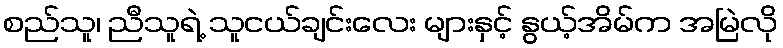
စည်သူ၊ ညီသူရဲ့ သူငယ်ချင်းလေး များနှင့် နွယ့်အိမ်က အမြဲလို